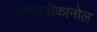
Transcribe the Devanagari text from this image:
पॉलिडोकानोल